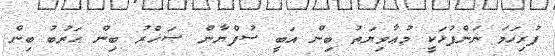
ފުރިހަމަ ނަންފުޅަކީ މުޢާވިޔަތު ބިން އަބީ ސުފްޔާން ޞަޚްރު ބިން ޙަރުބު ބިން